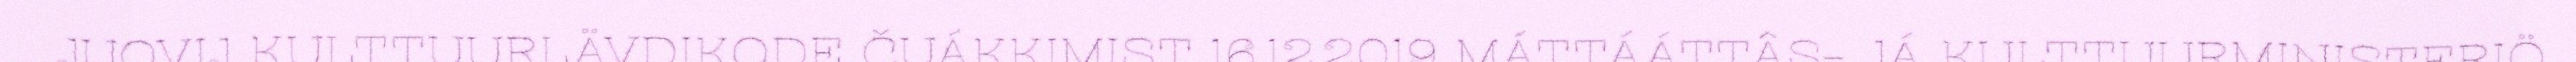
JUOVIJ KULTTUURLÄVDIKODE ČUÁKKIMIST 16.12.2019 MÁTTÁÁTTÂS- JÁ KULTTUURMINISTERIÖ